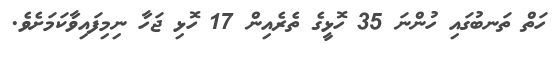
ހަތް ތަނބުގައި ހުންނަ 35 ހޮޅީގެ ތެރެއިން 17 ހޮޅި ޖަހާ ނިމިފައިވާކަމަށެވެ.